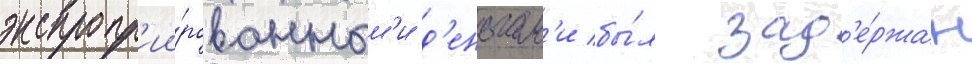
экспропр'ии́рованным'и д'еньгам'и бы́л зад'е́ржан